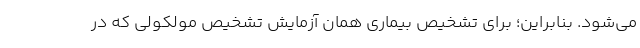
می‌شود. بنابراین؛ برای تشخیص بیماری همان آزمایش تشخیص مولکولی که در